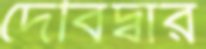
দেবিদ্বার